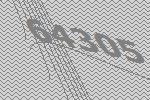
64305